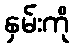
နှမ်းကို